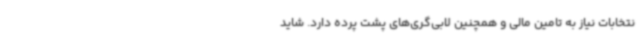
نتخابات نیاز به تامین مالی و همچنین لابی‌گری‌های پشت پرده دارد. شاید